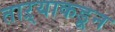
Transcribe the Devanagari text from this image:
ताऱ्याकडून